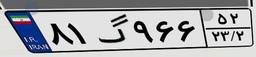
۸۱گ۹۶۶۵۲